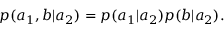
\begin{array} { r } { p ( a _ { 1 } , b | a _ { 2 } ) = p ( a _ { 1 } | a _ { 2 } ) p ( b | a _ { 2 } ) . } \end{array}